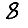
Digit: 8